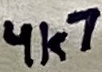
Text: 4k7